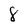
Character: 8